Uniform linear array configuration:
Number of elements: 8
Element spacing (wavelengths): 1
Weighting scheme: kaiser
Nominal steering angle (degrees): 45
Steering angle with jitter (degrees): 43.925
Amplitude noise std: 0.05
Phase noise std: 0.05

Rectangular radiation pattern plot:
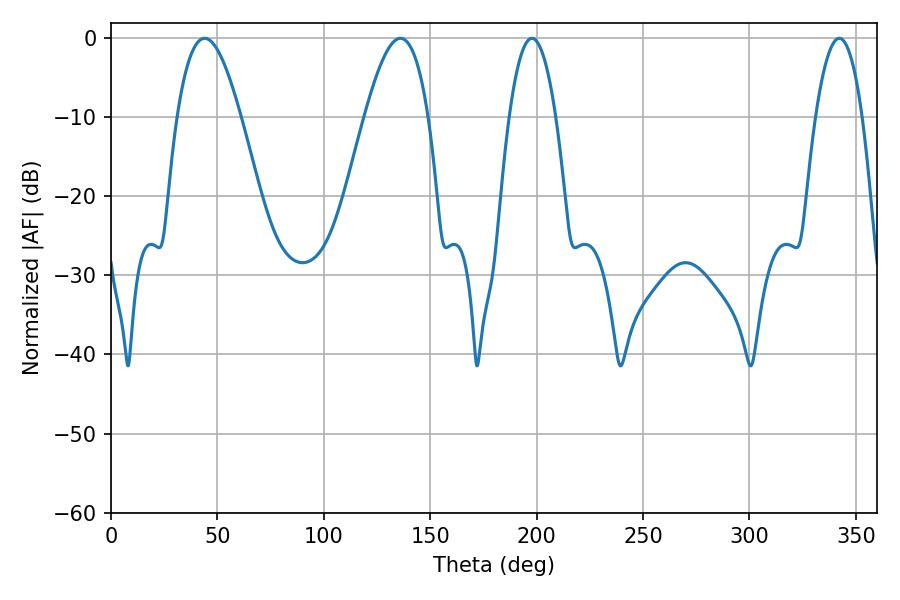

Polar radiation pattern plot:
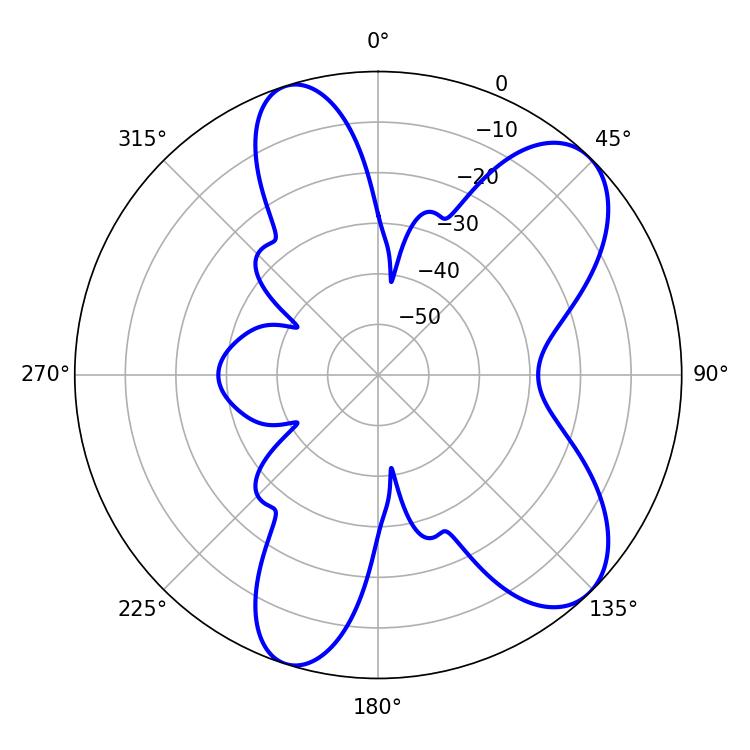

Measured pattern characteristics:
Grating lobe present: TRUE
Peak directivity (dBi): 8.307
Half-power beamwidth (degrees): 12.06
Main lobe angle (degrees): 197.82